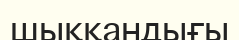
шыққандығы